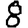
Digit: 8